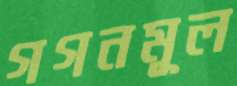
গগনমূল